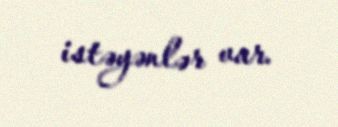
istəyənlər var.